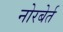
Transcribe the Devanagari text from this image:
नोरबेर्त